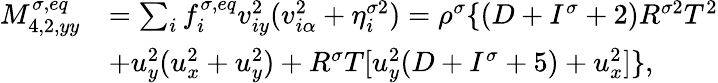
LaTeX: \begin{array}{r}{\begin{array}{rl}{M_{4,2,yy}^{\sigma,eq}}&{=\sum_{i}f_{i}^{\sigma,eq}v_{iy}^{2}(v_{i\alpha}^{2}+\eta_{i}^{\sigma 2})=\rho^{\sigma}\{ (D+I^{\sigma}+2)R^{\sigma 2}T^{2}}\\ &{+u_{y}^{2}(u_{x}^{2}+u_{y}^{2})+R^{\sigma}T[u_{y}^{2}(D+I^{\sigma}+5)+u_{x}^{2}]\} ,}\end{array}}\end{array}